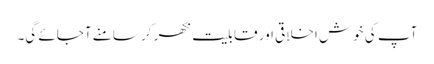
آپ کی خوش اخلاقی اور قابلیت نکھر کر سامنے آجائے گی۔